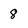
Character: 8